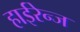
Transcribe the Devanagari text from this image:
हाईरेन्ज